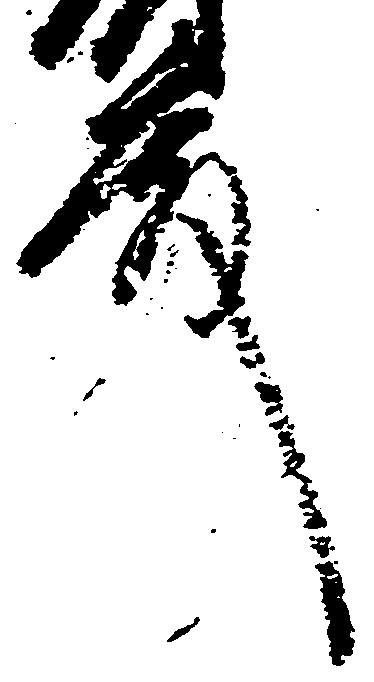
殿